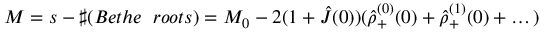
M = s - \sharp ( B e t h e \; \; r o o t s ) = M _ { 0 } - 2 ( 1 + \hat { J } ( 0 ) ) ( \hat { \rho } _ { + } ^ { ( 0 ) } ( 0 ) + \hat { \rho } _ { + } ^ { ( 1 ) } ( 0 ) + \dots )